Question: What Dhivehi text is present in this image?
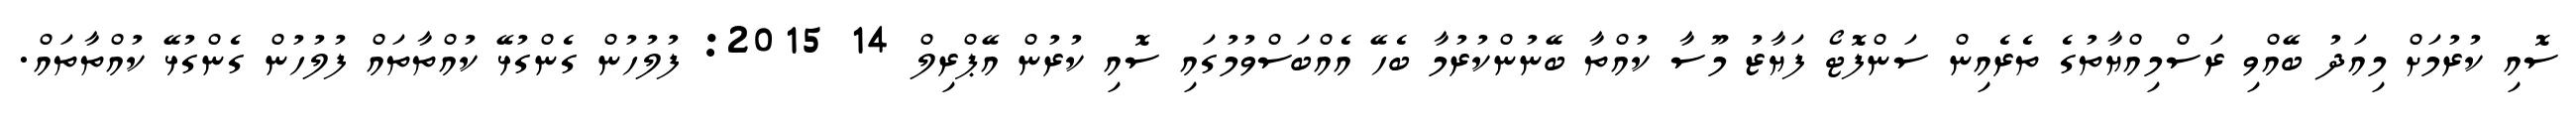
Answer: ސޮއި ކުރުމަށް މިއަދު ބޭއްވި ރަސްމިއްޔާތުގެ ތެރެއިން ސަންފޮޓޯ ފަޔާޒު މޫސާ ކުއްތާ ބޭނުންކުރުމާ ބެހޭ އެއްބަސްވުމުގައި ސޮއި ކުރުން އޭޕްރިލް 14 2015: ފުލުހުން ގެންގުޅޭ ކުއްތާތައް ފުލުހުން ގެންގުޅޭ ކުއްތާތައް.